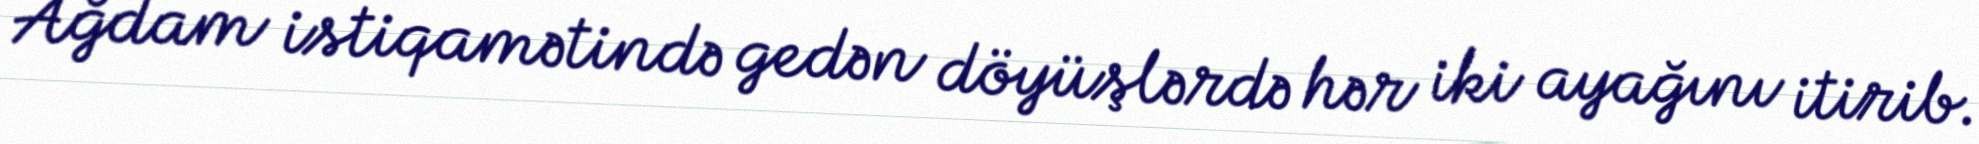
Ağdam istiqamətində gedən döyüşlərdə hər iki ayağını itirib.